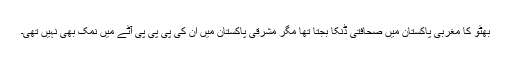
بھٹو کا مغربی پاکستان میں صحافتی ڈنکا بجتا تھا مگر مشرقی پاکستان میں ان کی پی پی پی آٹے میں نمک بھی نہیں تھی۔